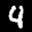
Label: 4